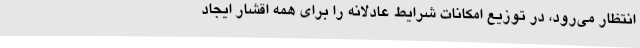
انتظار می‌رود، در توزیع امکانات شرایط عادلانه را برای همه اقشار ایجاد